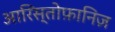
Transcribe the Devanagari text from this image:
आरिस्तोफ़ानिज़